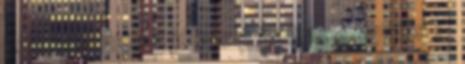
szeptember 5 július 5 június 4 április 1 ▼